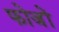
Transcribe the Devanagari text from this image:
फोजों